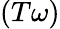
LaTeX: (T\omega)